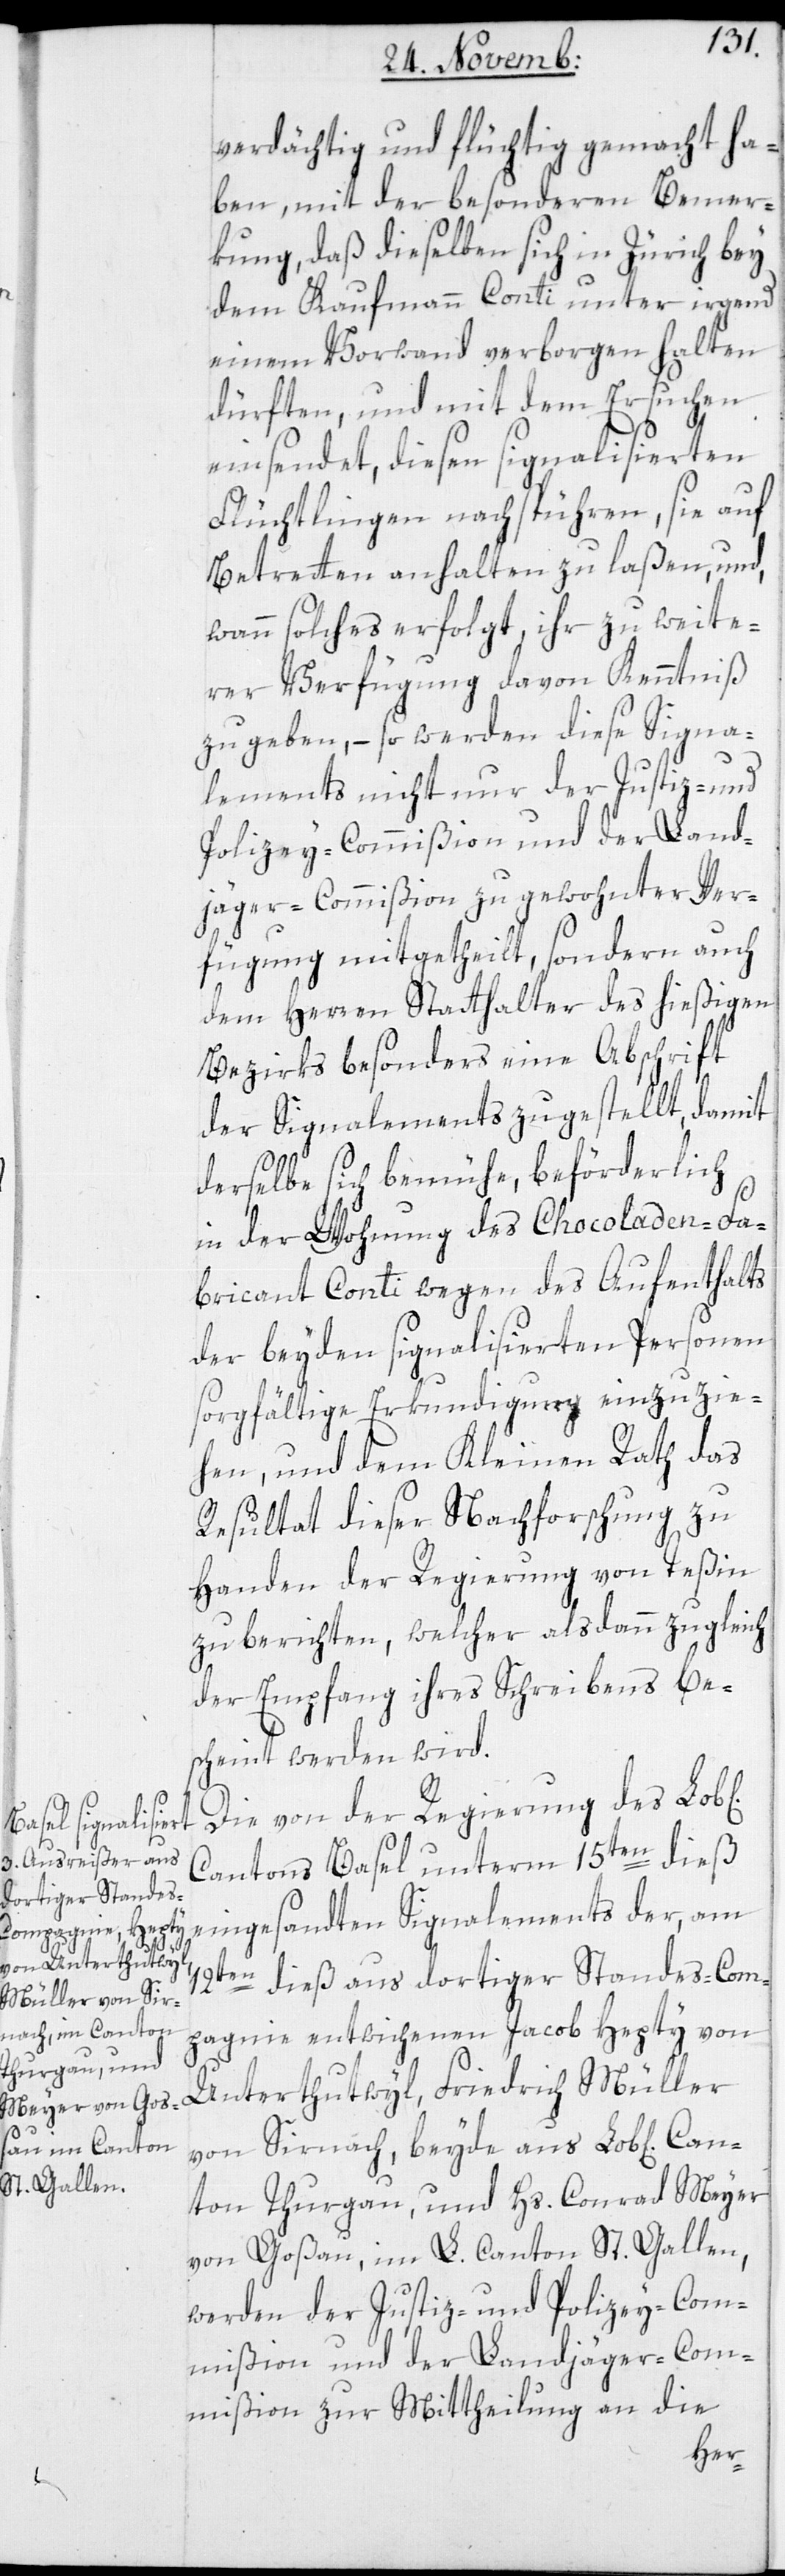
verdächtig und flüchtig gemacht ha¬
ben, mit der besonderen Bemer¬
kung, daß dieselben sich in Zürich bey
dem Kaufmann Conti unter irgend
einem Vorwand verborgen halten
dürften, und mit dem Ersuchen
einsendet, diesen signalisierten
Flüchtlingen nachspüren, sie auf
Betretten anhalten zu laßen, und
wann solches erfolgt, ihr zu weite¬
rer Verfügung davon Kenntniß
zu geben, – so werden diese Signa¬
lements nicht nur der Justiz- und
Polizey-Commißion und der Land¬
jäger-Commißion zu gewohnter Ver¬
fügung mitgetheilt, sondern auch
dem Herren Statthalter des hießigen
Bezirks besonders eine Abschrift
der Signalements zugestellt, damit
derselbe sich bemühe, beförderlich
in der Wohnung des Chocoladen-Fa¬
bricant Conti wegen des Aufenthalts
der beyden signalisierten Personen
sorgfältige Erkundigung einzuzie¬
hen, und dem Kleinen Rath das
Resultat dieser Nachforschung zu
Handen der Regierung von Teßin
zu berichten, welcher alsdann zugleich
der Empfang ihres Schreibens be¬
scheint werden wird.
Die von der Regierung des Lob[l¬
Cantons Basel unterm 15ten dieß
eingesandten Signalements der, am
Can¬
dieß aus dortiger Standes-Com¬
pagnie entwichenen Jacob Hepty von
Untergutwyl; Friedrich Müller
von Sirnach, beyde aus Lob[lichem]
ton Thurgau; und Hs. Conrad Meyer
von Goßau im L. Canton St. Gallen;
werden der Justiz- und Polizey-Com¬
mißion und der Landjäger-Com¬
mißion zur Mittheilung an die